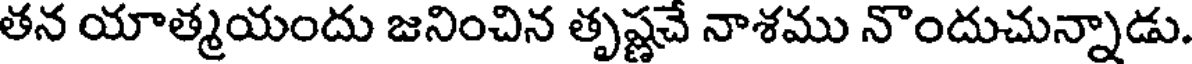
తన యాత్మయందు జనించిన తృష్ణచే నాశము నొందుచున్నాడు.